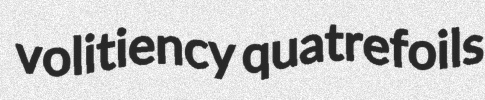
volitiency quatrefoils